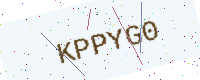
Text: KPPYG0